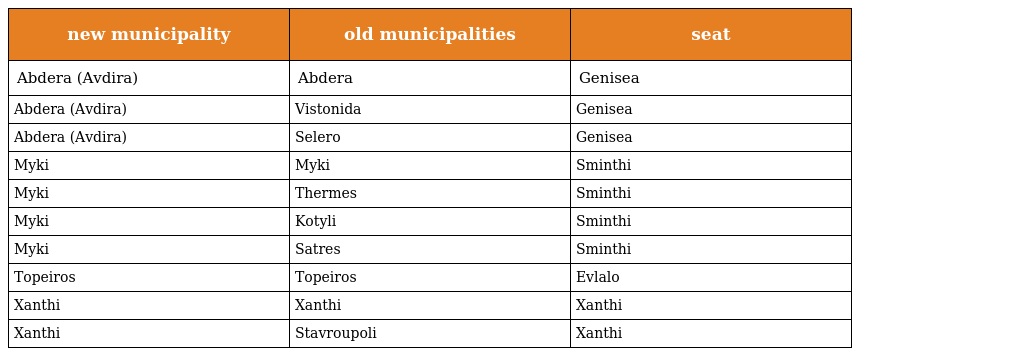
| new municipality | old municipalities | seat |
 | --- | --- | --- |
 | Abdera (Avdira) | Abdera | Genisea |
 | Abdera (Avdira) | Vistonida | Genisea |
 | Abdera (Avdira) | Selero | Genisea |
 | Myki | Myki | Sminthi |
 | Myki | Thermes | Sminthi |
 | Myki | Kotyli | Sminthi |
 | Myki | Satres | Sminthi |
 | Topeiros | Topeiros | Evlalo |
 | Xanthi | Xanthi | Xanthi |
 | Xanthi | Stavroupoli | Xanthi |